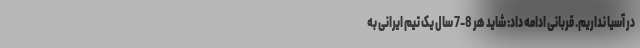
در آسیا نداریم. قربانی ادامه داد: شاید هر 8-7 سال یک تیم ایرانی به